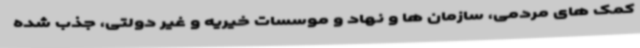
کمک های مردمی، سازمان ها و نهاد و موسسات خیریه و غیر دولتی، جذب شده